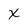
Character: x